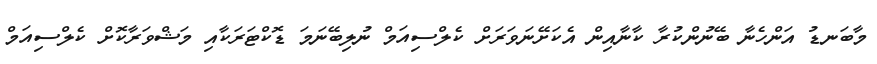
މާބަނޑު އަންހެނާ ބޭނުންކުރާ ކާނާއިން އެކަށޭނަވަރަށް ކެލްސިއަމް ނުލިބޭނަމަ ޑޮކްޓަރަކާއި މަޝްވަރާކޮށް ކެލްސިއަމް